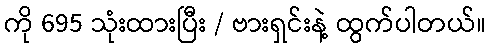
ကို 695 သုံးထားပြီး / ဗားရှင်းနဲ့ ထွက်ပါတယ်။